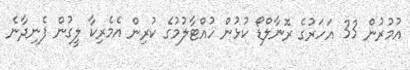
އުމުރުން 33 އަހަރުގެ ރޮނާލްޑޯ ކުޅުން ހުއްޓާލުމުގެ ކުރިން އެމެރިކާ ލީގުން ފެނިދާނެ